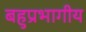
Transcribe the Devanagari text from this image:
बहुप्रभागीय